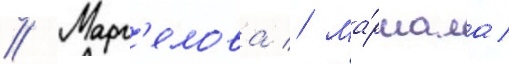
// Марг'елова // Ма́ршала